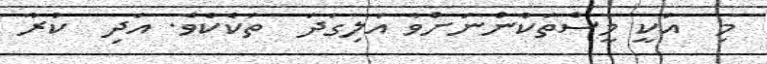
މި  އަކީ މީސްތަކުންނަށްވާ އަލިގަދަ  ތަކެކެވެ. އަދި  ކުރާ